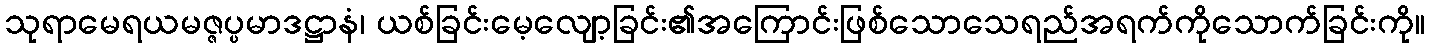
သုရာမေရယမဇ္ဇပ္ပမာဒဋ္ဌာနံ၊ ယစ်ခြင်းမေ့လျော့ခြင်း၏အကြောင်းဖြစ်သောသေရည်အရက်ကိုသောက်ခြင်းကို။